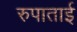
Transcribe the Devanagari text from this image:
रुपाताई